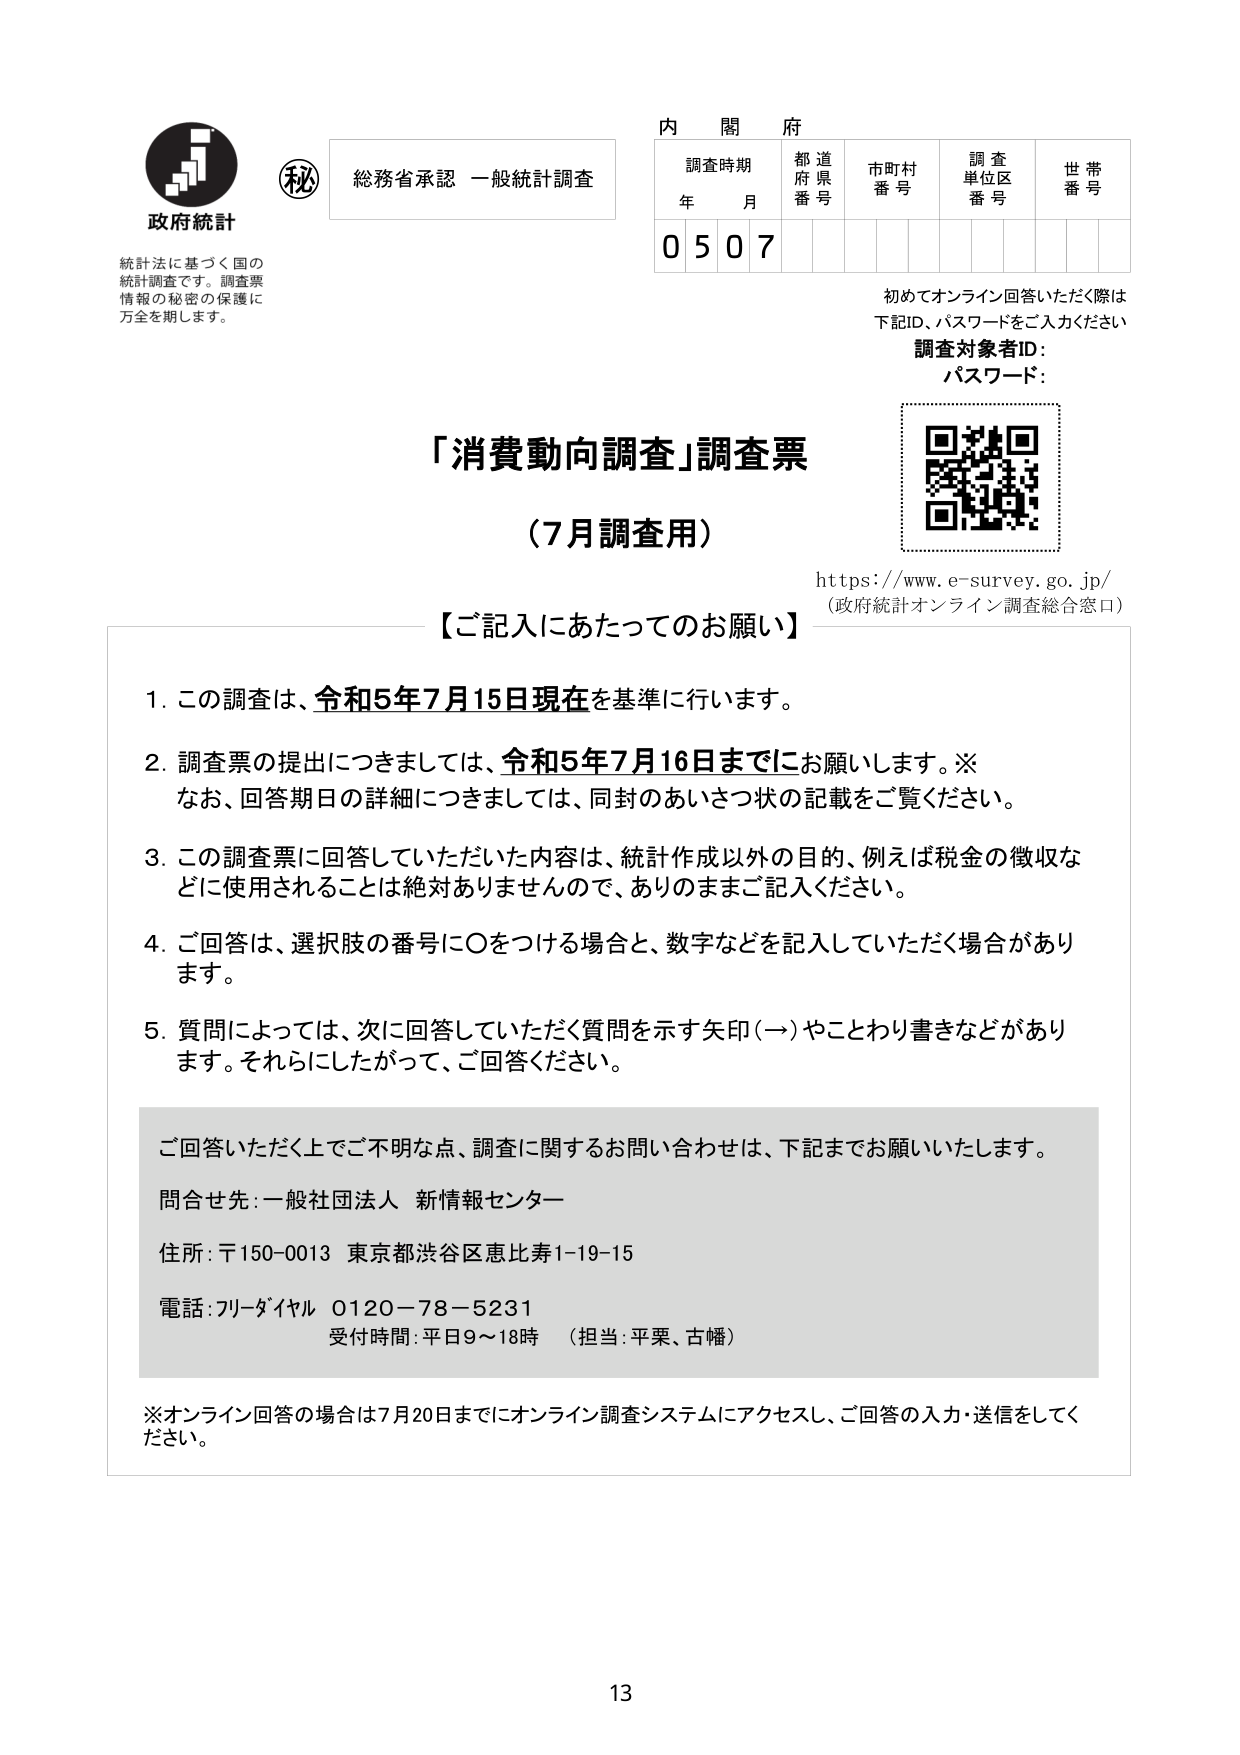
政府統計
統計法に基づく国の
統計調査です。調査票
情報の秘密の保護に
万全を期します。

秘
総務省承認 一般統計調査

内閣府
調査時期 年 月
都道府県番号
市町村番号
調査単位区番号
世帯番号
0 5 0 7

初めてオンライン回答いただく際は
下記ID、パスワードをご入力ください
調査対象者ID：
パスワード：

「消費動向調査」調査票
（7月調査用）

https://www.e-survey.go.jp/
（政府統計オンライン調査総合窓口）

【ご記入にあたってのお願い】

1. この調査は、令和5年7月15日現在を基準に行います。

2. 調査票の提出につきましては、令和5年7月16日までにお願いします。※
　なお、回答期日の詳細につきましては、同封のあいさつ状の記載をご覧ください。

3. この調査票に回答していただいた内容は、統計作成以外の目的、例えば税金の徴収などに使用されることは絶対ありませんので、ありのままご記入ください。

4. ご回答は、選択肢の番号に○をつける場合と、数字などを記入していただく場合があります。

5. 質問によっては、次に回答していただく質問を示す矢印（→）やことわり書きなどがあります。それらにしたがって、ご回答ください。

ご回答いただく上でご不明な点、調査に関するお問い合わせは、下記までお願いいたします。
問合せ先：一般社団法人 新情報センター
住所：〒150-0013 東京都渋谷区恵比寿1-19-15
電話：フリーダイヤル 0120-78-5231
受付時間：平日9～18時 （担当：平栗、古幡）

※オンライン回答の場合は7月20日までにオンライン調査システムにアクセスし、ご回答の入力・送信をしてください。

13